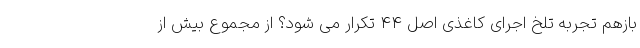
بازهم تجربه تلخ اجرای کاغذی اصل 44 تکرار می شود؟ از مجموع بیش از